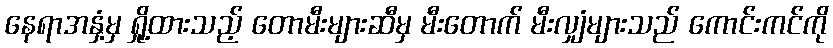
နေရာအနှံ့မှ ရှို့ထားသည့် တောမီးများဆီမှ မီးတောက် မီးလျှံများသည် ကောင်းကင်ကို